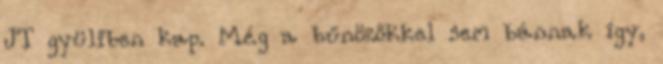
JT gyüliben kap. Még a bűnözőkkel sem bánnak így,